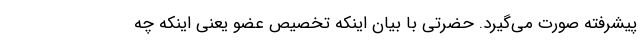
پیشرفته صورت می‌گیرد. حضرتی با بیان اینکه تخصیص عضو یعنی اینکه چه